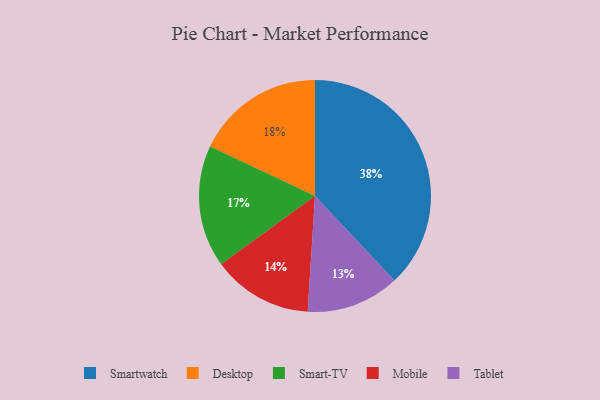
{"axis": {"x": "Category", "y": "Percentage"}, "legend": ["Desktop", "Mobile", "Smart-TV", "Smartwatch", "Tablet"], "data": [{"x": "Mobile", "y": 14, "type": "Mobile"}, {"x": "Desktop", "y": 18, "type": "Desktop"}, {"x": "Smartwatch", "y": 38, "type": "Smartwatch"}, {"x": "Smart-TV", "y": 17, "type": "Smart-TV"}, {"x": "Tablet", "y": 13, "type": "Tablet"}]}